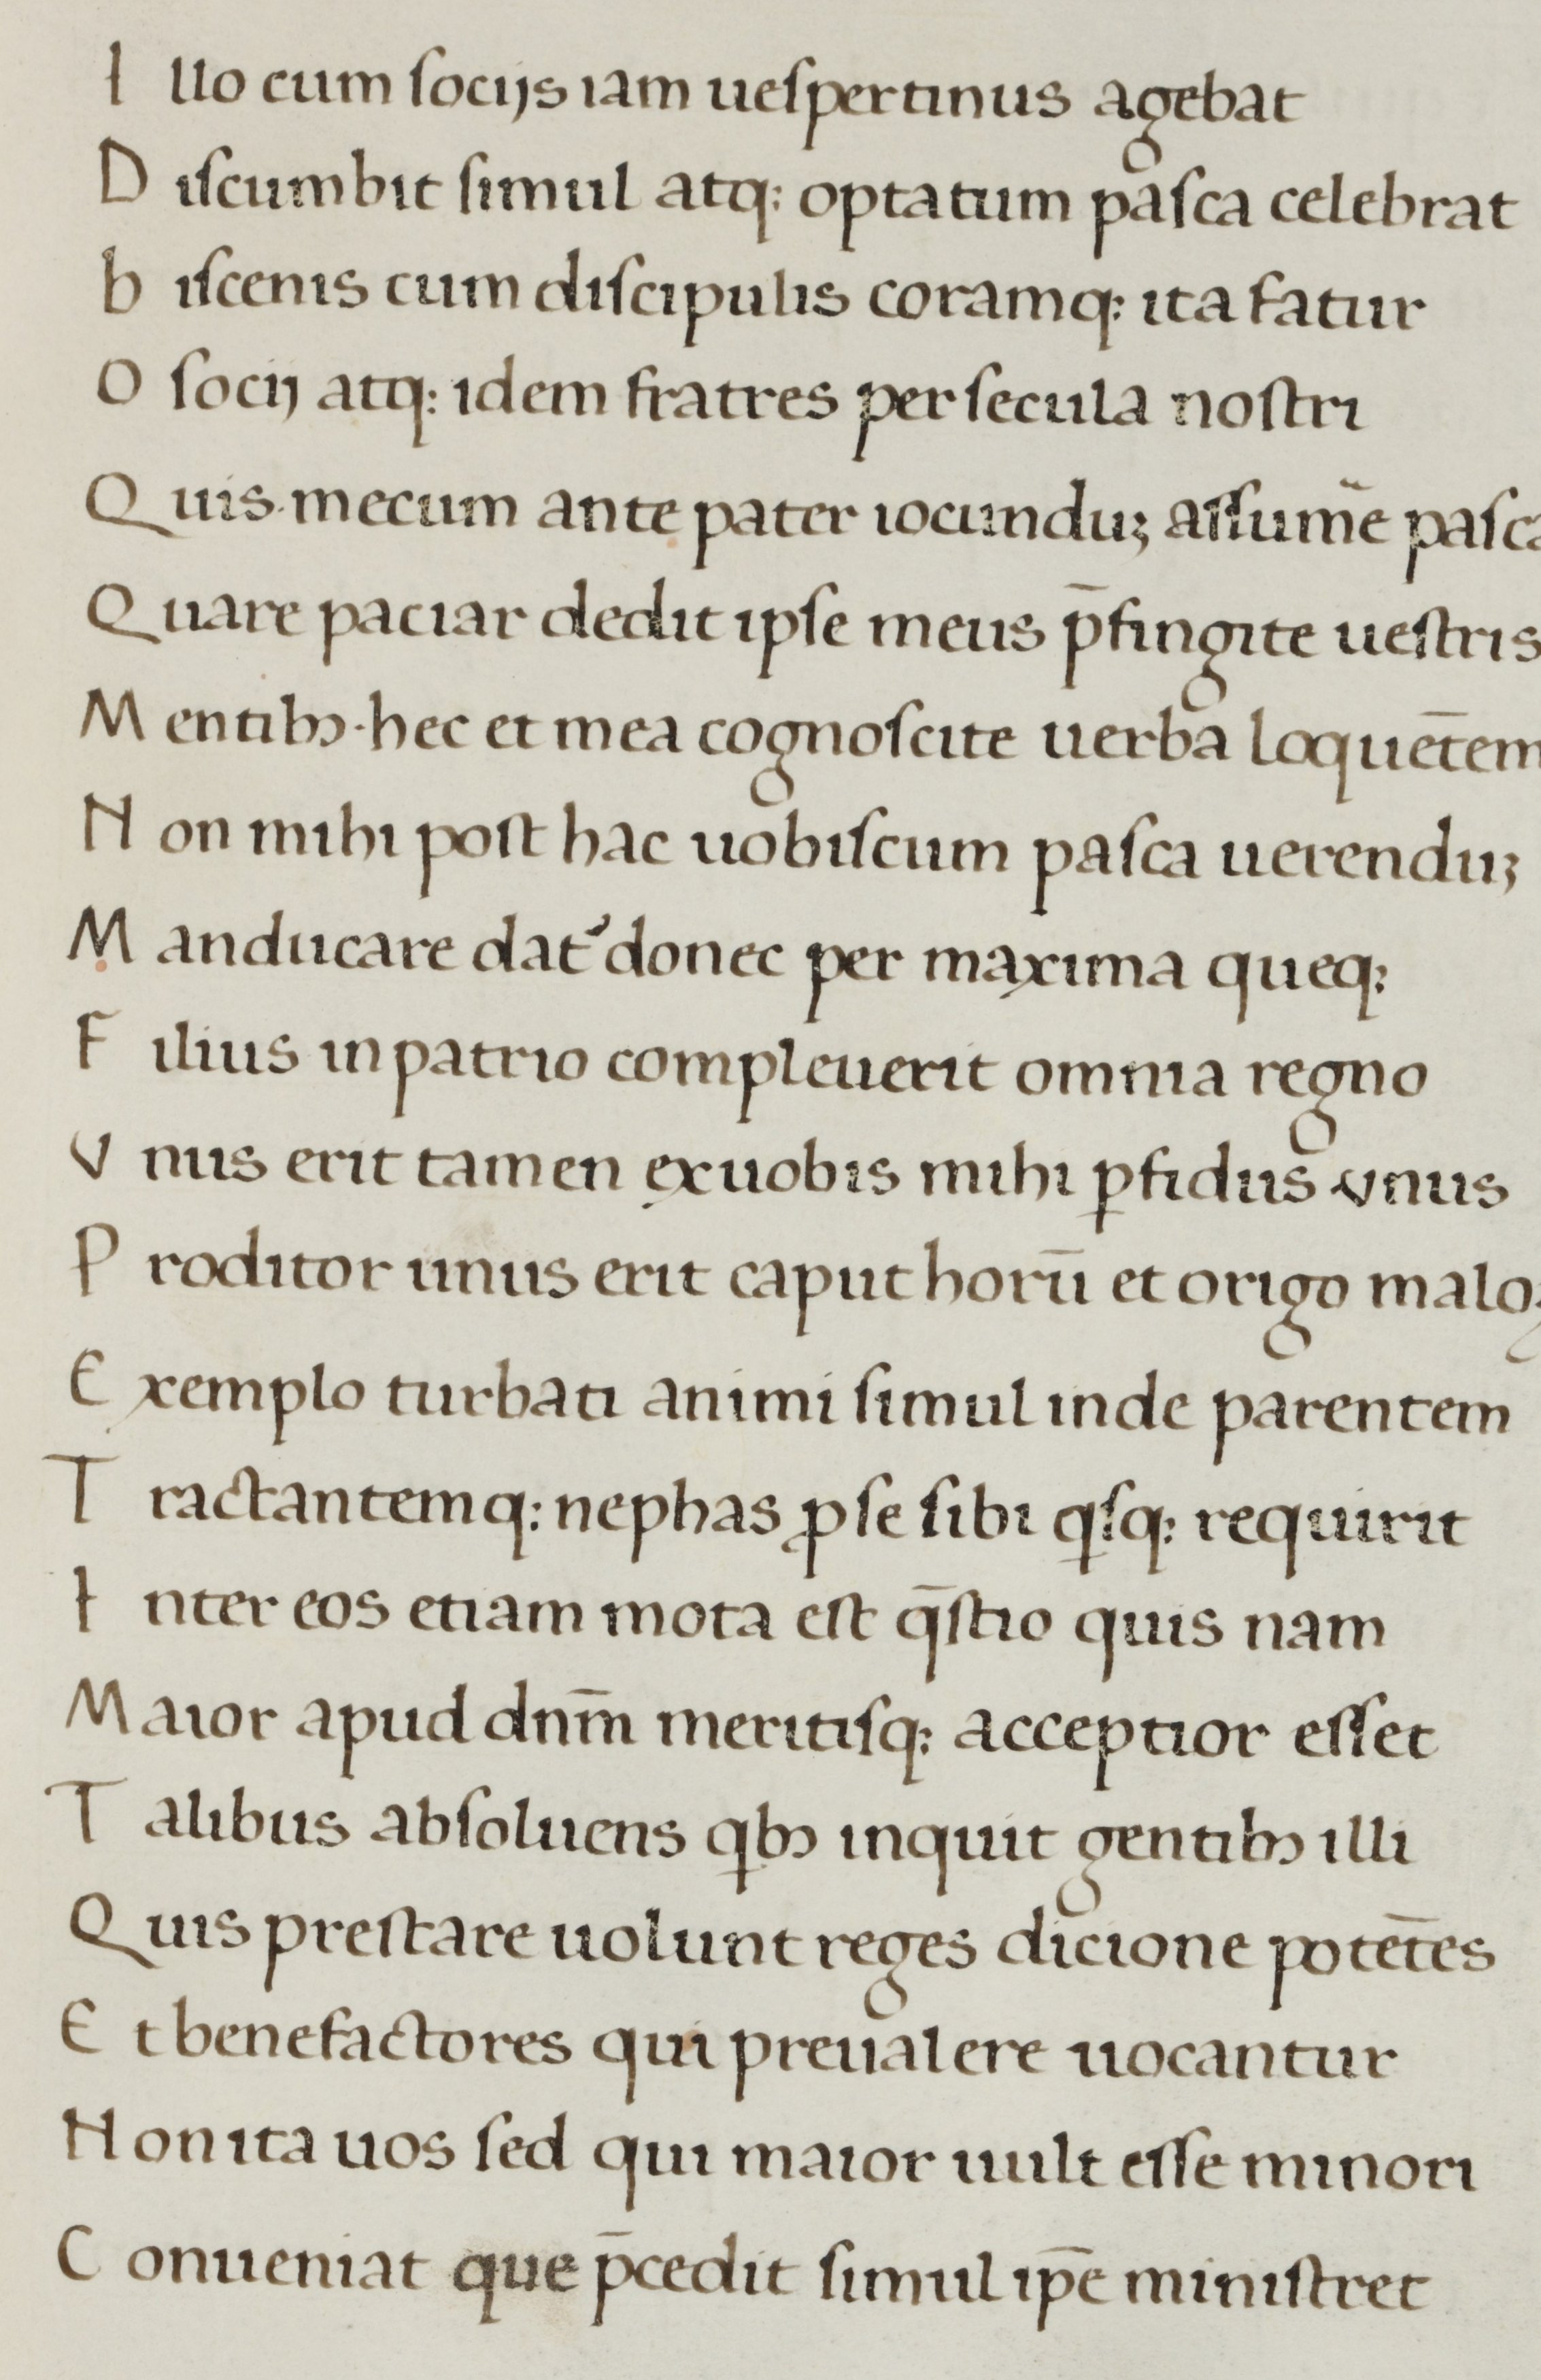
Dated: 1450–1499